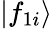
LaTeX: |f_{1i}\rangle